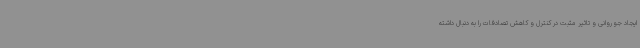
ایجاد جو روانی و تاثیر مثبت در کنترل و کاهش تصادفات را به دنبال داشته